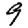
Digit: 9